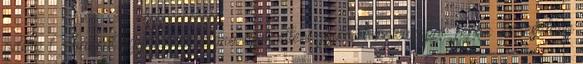
addig Orbánnál ugyanez a migráncsok elleni gyűlölet az európai fehér keresztény